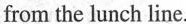
from the lunch line.